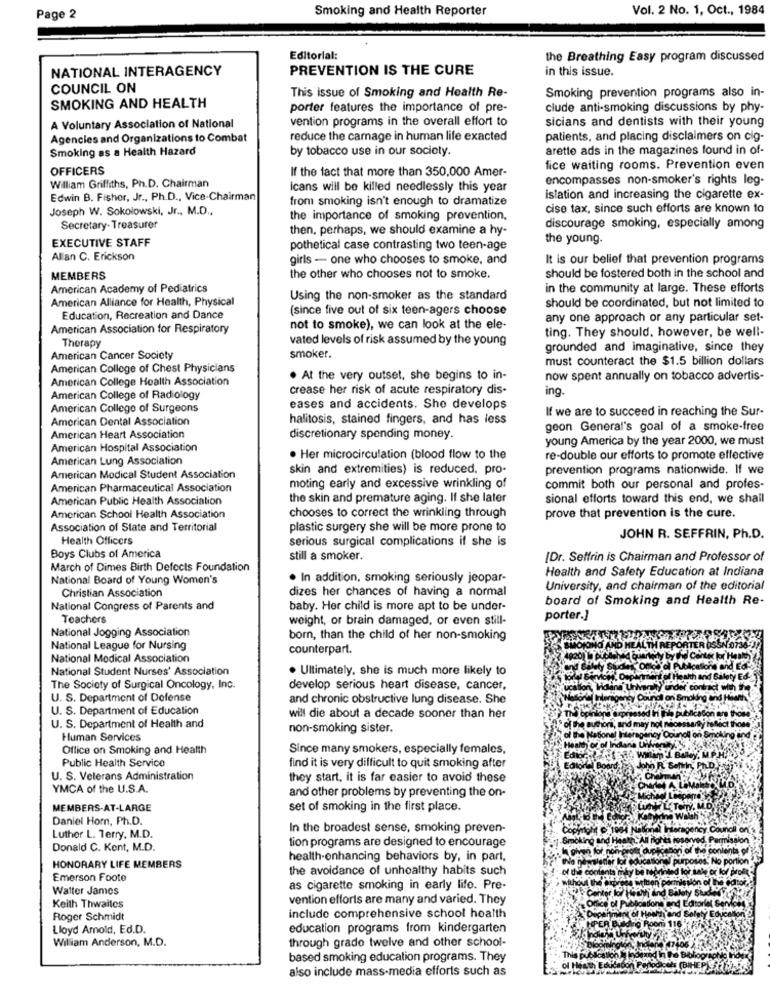
Smoking and Health Reporter
Vol. 2 No. 1, Oct ., 1984
Page 2
Editorial:
the Breathing Easy program discussed
NATIONAL INTERAGENCY
PREVENTION IS THE CURE
in this issue.
COUNCIL ON
This issue of Smoking and Health Re-
Smoking prevention programs also in-
SMOKING AND HEALTH
porter features the importance of pre-
clude anti-smoking discussions by phy-
vention programs in the overall effort to
sicians and dentists with their young
A Voluntary Association of National
Agencies and Organizations to Combat
reduce the carnage in human life exacted
patients, and placing disclaimers on cig-
Smoking as a Health Hazard
by tobacco use in our society.
arette ads in the magazines found in of-
OFFICERS
If the fact that more than 350,000 Amer-
fice waiting rooms. Prevention even
encompasses non-smoker's rights leg-
William Griffiths, Ph.D. Chairman
icans will be killed needlessly this year
Edwin B. Fisher, Jr ., Ph.D ., Vice-Chairman
from smoking isn't enough to dramatize
islation and increasing the cigarette ex-
Joseph W. Sokolowski, Jr ., M.D .,
cise tax, since such efforts are known to
the importance of smoking prevention.
Secretary- Treasurer
then, perhaps, we should examine a hy-
discourage smoking, especially among
EXECUTIVE STAFF
the young.
pothetical case contrasting two teen-age
Allan C. Erickson
girls - one who chooses to smoke, and
It is our belief that prevention programs
MEMBERS
the other who chooses not to smoke.
should be fostered both in the school and
American Academy of Pediatrics
in the community at large. These efforts
American Alliance for Health, Physical
Using the non-smoker as the standard
should be coordinated, but not limited to
(since five out of six teen-agers choose
Education, Recreation and Dance
any one approach or any particular set-
American Association for Respiratory
not to smoke), we can look at the ele-
ting. They should, however, be well-
vated levels of risk assumed by the young
Therapy
grounded and imaginative, since they
American Cancer Society
smoker.
must counteract the $1.5 billion dollars
American College of Chest Physicians
American College Health Association
. At the very outset, she begins to in-
now spent annually on tobacco advertis-
crease her risk of acute respiratory dis-
ing.
American College of Radiology
American College of Surgeons
eases and accidents. She develops
If we are to succeed in reaching the Sur-
American Dental Association
halitosis, stained fingers, and has less
geon General's goal of a smoke-free
American Heart Association
discretionary spending money.
young America by the year 2000, we must
American Hospital Association
American Lung Association
. Her microcirculation (blood flow to the
re-double our efforts to promote effective
skin and extremities) is reduced. pro-
prevention programs nationwide. If we
American Medical Student Association
American Pharmaceutical Association
moting early and excessive wrinkling of
commit both our personal and profes-
American Public Health Association
the skin and premature aging. If she later
sional efforts toward this end, we shall
American School Health Association
chooses to correct the wrinkling through
prove that prevention is the cure.
Association of State and Territorial
plastic surgery she will be more prone to
Health Officers
serious surgical complications if she is
JOHN R. SEFFRIN, Ph.D.
Boys Clubs of America
still a smoker.
[Dr. Seffrin is Chairman and Professor of
March of Dimes Birth Defects Foundation
Health and Safety Education at Indiana
National Board of Young Women's
. In addition, smoking seriously jeopar-
dizes her chances of having a normal
University, and chairman of the editorial
Christian Association
board of Smoking and Health Re-
National Congress of Parents and
baby. Her child is more apt to be under-
Teachers
weight, or brain damaged, or even still-
porter.]
National Jogging Association
born, than the child of her non-smoking
National League for Nursing
counterpart.
National Medical Association
National Student Nurses' Association
. Ultimately, she is much more likely to
The Society of Surgical Oncology, Inc.
develop serious heart disease, cancer,
U. S. Department of Defense
and chronic obstructive lung disease. She
U. S. Department of Education
will die about a decade sooner than her
U. S. Department of Health and
non-smoking sister.
Human Services
Office on Smoking and Health
Since many smokers, especially females,
Public Health Service
find it is very difficult to quit smoking after
U. S. Veterans Administration
they start, it is far easier to avoid these
YMCA of the U.S.A.
and other problems by preventing the on-
MEMBERS-AT-LARGE
set of smoking in the first place.
Daniel Hom, Ph.D.
In the broadest sense, smoking preven-
Council on
Luthor L. Terry, M.D.
tion programs are designed to encourage
Donald C. Kent, M.D.
health-enhancing behaviors by, in part,
HONORARY LIFE MEMBERS
the avoidance of unhealthy habits such
Emerson Foote
Walter James
as cigarette smoking in early life. Pre-
vention efforts are many and varied. They
Keith Thwaites
Roger Schmidt
include comprehensive school health
Lloyd Amold, Ed.D.
education programs from kindergarten
William Anderson, M.D.
through grado twelve and other school-
based smoking education programs. They
also include mass-media efforts such as